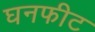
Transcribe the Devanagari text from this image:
घनफीट